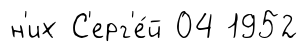
н'их С'ерг'е́й 04 1952